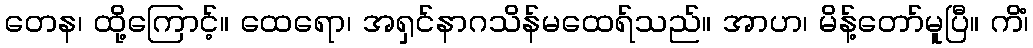
တေန၊ ထို့ကြောင့်။ ထေရော၊ အရှင်နာဂသိန်မထေရ်သည်။ အာဟ၊ မိန့်တော်မူပြီ။ ကိံ၊